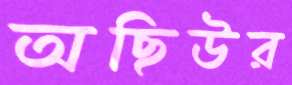
অছিউর